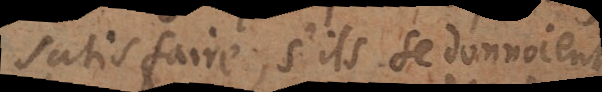
satisfaire, s’ils se donnoient